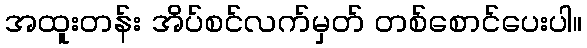
အထူးတန်း အိပ်စင်လက်မှတ် တစ်စောင်ပေးပါ။